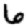
Digit: 6